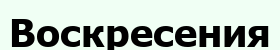
Воскресения